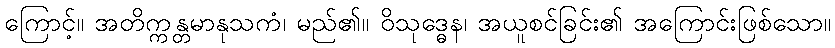
ကြောင့်။ အတိက္ကန္တမာနုသကံ၊ မည်၏။ ဝိသုဒ္ဓေန၊ အယူစင်ခြင်း၏ အကြောင်းဖြစ်သော။